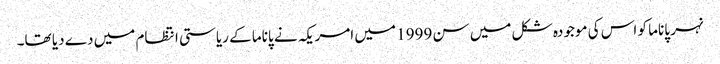
نہر پاناما کو اس کی موجودہ شکل میں سن 1999 میں امریکہ نے پاناما کے ریاستی انتظام میں دے دیا تھا۔